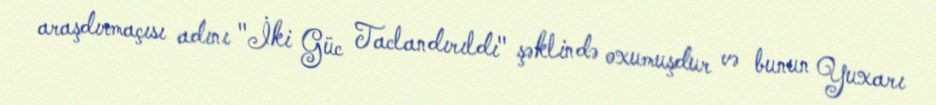
araşdırmaçısı adını "İki Güc Taclandırıldı" şəklində oxumuşdur və bunun Yuxarı